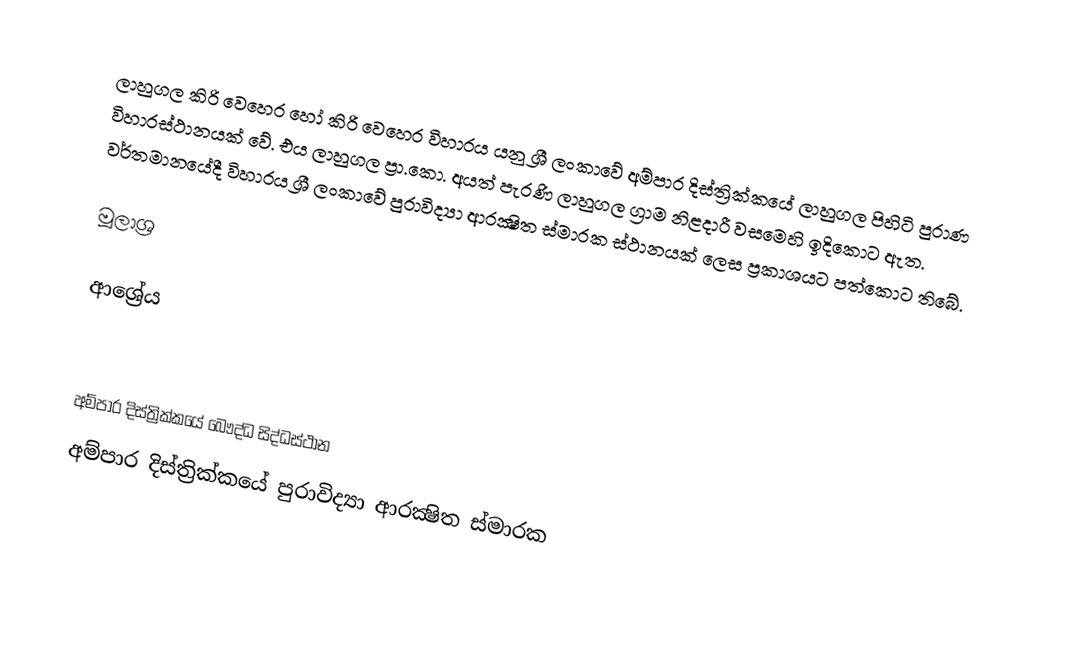
ලාහුගල කිරි වෙහෙර හෝ කිරි වෙහෙර විහාරය යනු ශ්‍රී ලංකාවේ අම්පාර දිස්ත්‍රික්කයේ ලාහුගල පිහිටි පුරාණ විහාරස්ථානයක් වේ. එය ලාහුගල ප්‍රා.කො. අයත් පැරණි ලාහුගල ග්‍රාම නිළදාරී වසමෙහි ඉදිකොට ඇත. වර්තමානයේදී විහාරය ශ්‍රී ලංකාවේ පුරාවිද්‍යා ආරක්‍ෂිත ස්මාරක ස්ථානයක් ලෙස ප්‍රකාශයට පත්කොට තිබේ.

මූලාශ්‍ර

ආශ්‍රේය

අම්පාර දිස්ත්‍රික්කයේ බෞද්ධ සිද්ධස්ථාන‎
අම්පාර දිස්ත්‍රික්කයේ පුරාවිද්‍යා ආරක්‍ෂිත ස්මාරක‎